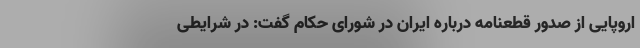
اروپایی از صدور قطعنامه درباره ایران در شورای حکام گفت: در شرایطی